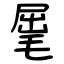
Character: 𣮈